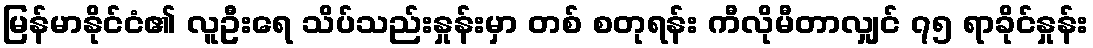
မြန်မာနိုင်ငံ၏ လူဦးရေ သိပ်သည်းနှုန်းမှာ တစ် စတုရန်း ကီလိုမီတာလျှင် ၇၅ ရာခိုင်နှုန်း